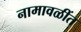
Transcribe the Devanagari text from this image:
नामावळींत